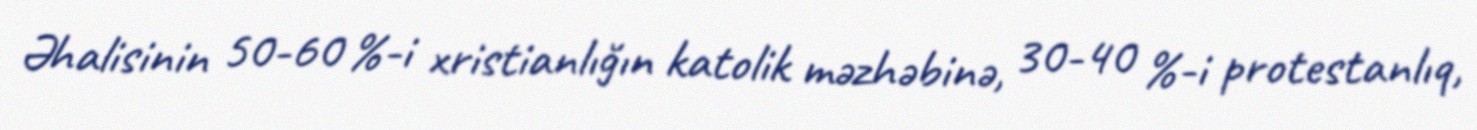
Əhalisinin 50-60 %-i xristianlığın katolik məzhəbinə, 30-40 %-i protestanlıq,